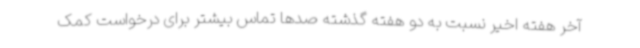
آخر هفته اخیر نسبت به دو هفته گذشته صدها تماس بیشتر برای درخواست کمک